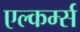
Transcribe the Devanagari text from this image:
एल्कर्म्स